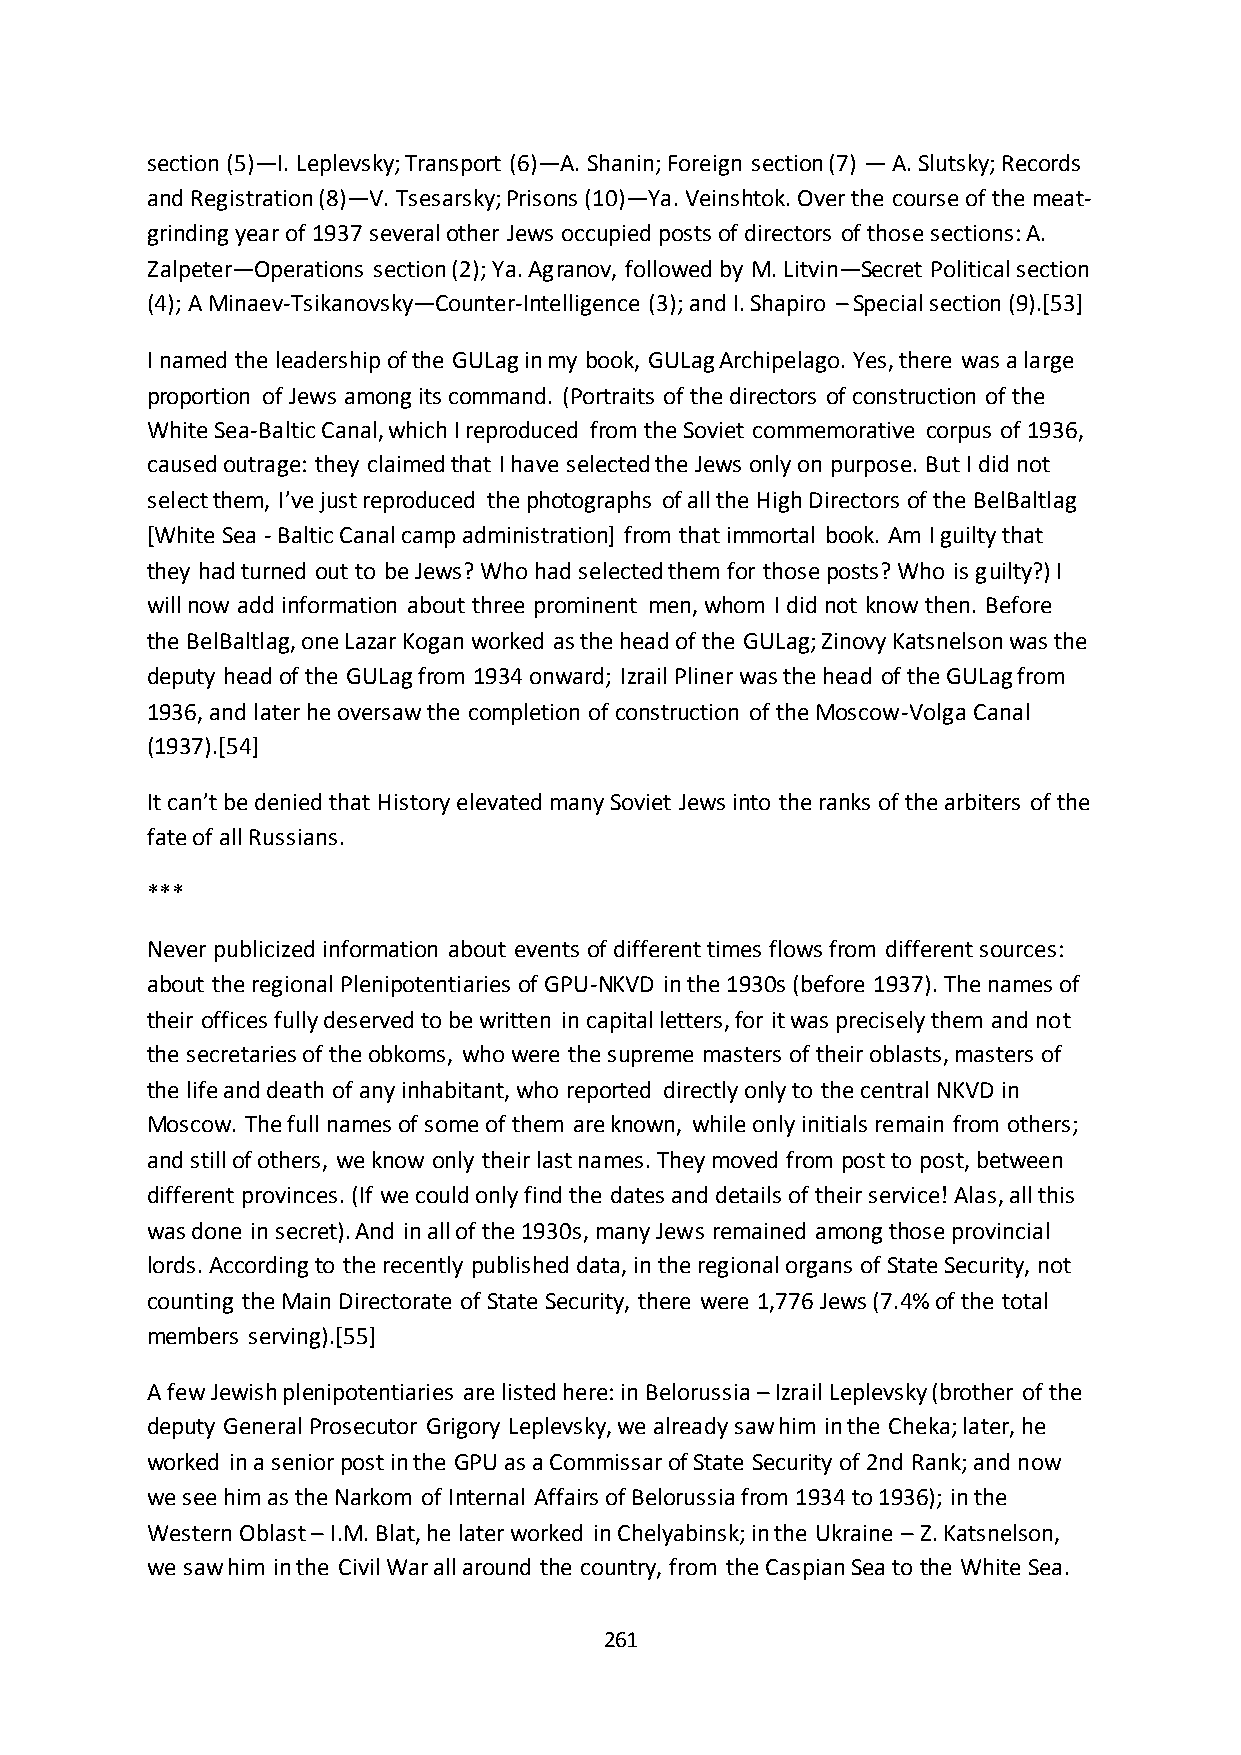
section (5)—I. Leplevsky; Transport (6)—A. Shanin; Foreign section (7) — A. Slutsky; Records
 and Registration (8)—V. Tsesarsky; Prisons (10)—Ya. Veinshtok. Over the course of the meat-
 grinding year of 1937 several other Jews occupied posts of directors of those sections: A.
 Zalpeter—Operations section (2); Ya. Agranov, followed by M. Litvin—Secret Political section
 (4); A Minaev-Tsikanovsky—Counter-Intelligence (3); and I. Shapiro – Special section (9).[53]
 I named the leadership of the GULag in my book, GULag Archipelago. Yes, there was a large
 proportion of Jews among its command. (Portraits of the directors of construction of the
 White Sea-Baltic Canal, which I reproduced from the Soviet commemorative corpus of 1936,
 caused outrage: they claimed that I have selected the Jews only on purpose. But I did not
 select them, I’ve just reproduced the photographs of all the High Directors of the BelBaltlag
 [White Sea - Baltic Canal camp administration] from that immortal book. Am I guilty that
 they had turned out to be Jews? Who had selected them for those posts? Who is guilty?) I
 will now add information about three prominent men, whom I did not know then. Before
 the BelBaltlag, one Lazar Kogan worked as the head of the GULag; Zinovy Katsnelson was the
 deputy head of the GULag from 1934 onward; Izrail Pliner was the head of the GULag from
 1936, and later he oversaw the completion of construction of the Moscow-Volga Canal
 (1937).[54]
 It can’t be denied that History elevated many Soviet Jews into the ranks of the arbiters of the
 fate of all Russians.
 ***
 Never publicized information about events of different times flows from different sources:
 about the regional Plenipotentiaries of GPU-NKVD in the 1930s (before 1937). The names of
 their offices fully deserved to be written in capital letters, for it was precisely them and not
 the secretaries of the obkoms, who were the supreme masters of their oblasts, masters of
 the life and death of any inhabitant, who reported directly only to the central NKVD in
 Moscow. The full names of some of them are known, while only initials remain from others;
 and still of others, we know only their last names. They moved from post to post, between
 different provinces. (If we could only find the dates and details of their service! Alas, all this
 was done in secret). And in all of the 1930s, many Jews remained among those provincial
 lords. According to the recently published data, in the regional organs of State Security, not
 counting the Main Directorate of State Security, there were 1,776 Jews (7.4% of the total
 members serving).[55]
 A few Jewish plenipotentiaries are listed here: in Belorussia – Izrail Leplevsky (brother of the
 deputy General Prosecutor Grigory Leplevsky, we already saw him in the Cheka; later, he
 worked in a senior post in the GPU as a Commissar of State Security of 2nd Rank; and now
 we see him as the Narkom of Internal Affairs of Belorussia from 1934 to 1936); in the
 Western Oblast – I.M. Blat, he later worked in Chelyabinsk; in the Ukraine – Z. Katsnelson,
 we saw him in the Civil War all around the country, from the Caspian Sea to the White Sea.
 261